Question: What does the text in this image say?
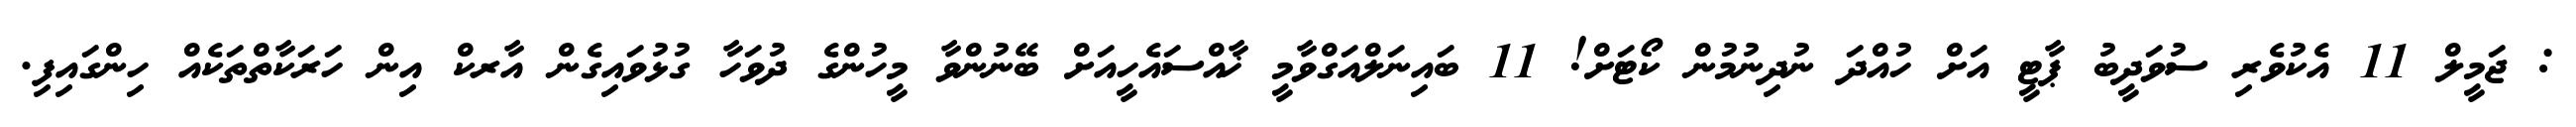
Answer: : ޖަމީލް 11 އެކުވެރި ސުވަދީބު ޕާޓީ އަށް ހުއްދަ ނުދިނުމުން ކޯޓަށް! 11 ބައިނަލްއަގްވާމީ ޚާއްސައެހީއަށް ބޭނުންވާ މީހުންގެ ދުވަހާ ގުޅުވައިގެން އާރކް އިން ހަރަކާތްތަކެއް ހިންގައިފި.